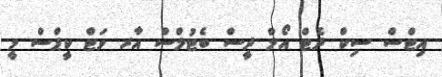
އިޓްސް ސިކް ދެޓް އޯލް ދީސް ބެޓުލްސް އާރ ވަޓް ކީޕްސް މީ